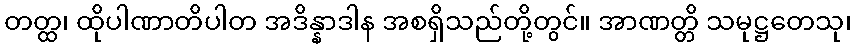
တတ္ထ၊ ထိုပါဏာတိပါတ အဒိန္နာဒါန အစရှိသည်တို့တွင်။ အာဏတ္တိ သမုဋ္ဌတေသု၊